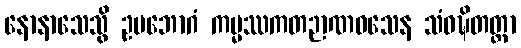
နောနာသေသွိ ဥပဘောဂံ ကမ္မဿကတဉာဏဝသေန သံဝဍ္ဎိတတ္တာ